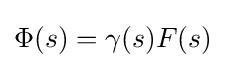
\Phi (s)=\gamma (s)F(s)